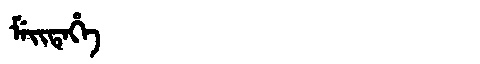
Manchu: ᠮᡝᡳᡨᡝᡥᡝ
Romanization: MEITEHE